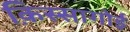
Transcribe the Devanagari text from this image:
क़िस्सागोई